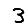
Digit: 3